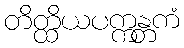
တိတ္ထိယပက္ကန္တကံ